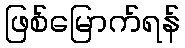
ဖြစ်မြောက်ရန်